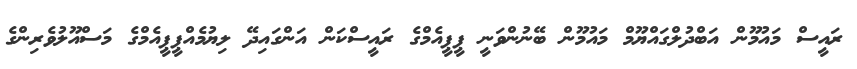
ރައީސް މައުމޫން އަބްދުލްގައްޔޫމް މައުމޫން ބޭނުންވަނީ ޕީޕީއެމްގެ ރައީސްކަން އަންގައިދޭ ލިޔުމެއްޕީޕީއެމްގެ މަސްއޫލުވެރިންގެ